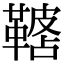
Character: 𩌓